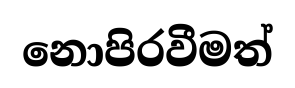
නොපිරවීමත්